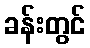
ခန်းတွင်